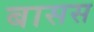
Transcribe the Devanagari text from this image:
बासस